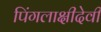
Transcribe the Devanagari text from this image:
पिंगलाक्षीदेवी